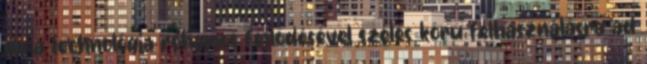
de a technológia rohamos fejlődésével széles körű felhasználásra ad